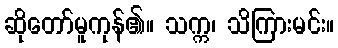
ဆိုတော်မူကုန်၏။ သက္က၊ သိကြားမင်း။